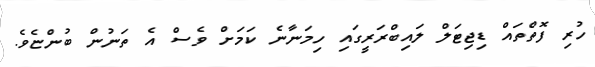
ހުރި ފޮތްތައް ޑިޖިޓަލް ލައިބްރަރީގައި ހިމަނާނެ ކަމަށް ވެސް އެ ތަނުން ބުންޏެވެ.